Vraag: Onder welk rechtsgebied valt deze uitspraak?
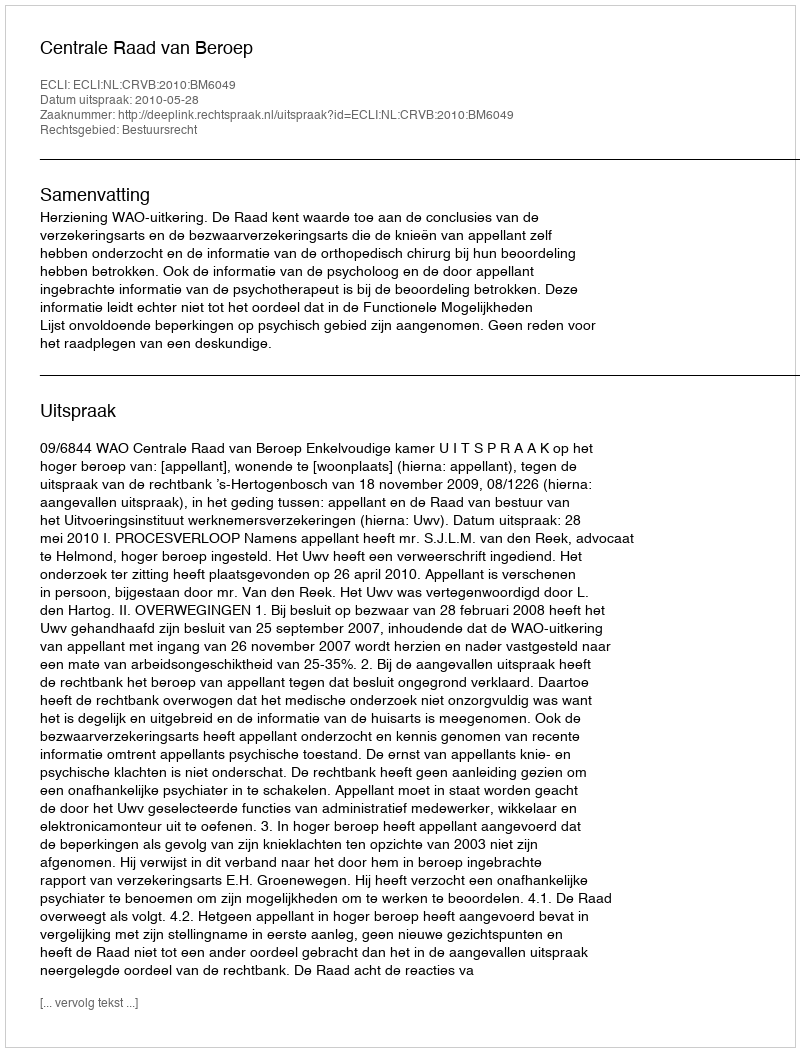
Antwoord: Bestuursrecht